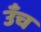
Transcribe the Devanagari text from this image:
उँच